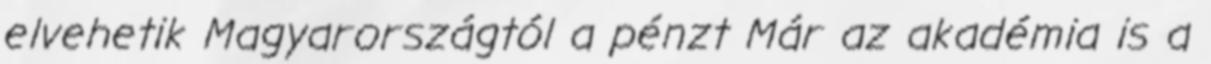
elvehetik Magyarországtól a pénzt Már az akadémia is a